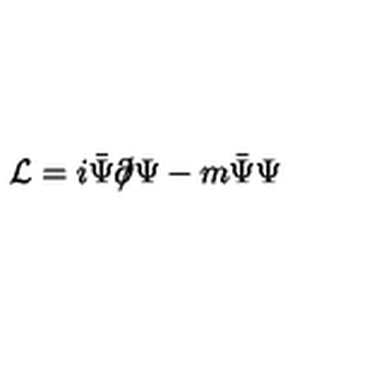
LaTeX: { \cal L } = i \bar { \Psi } \partial \! \! \! / \Psi - m \bar { \Psi } \Psi